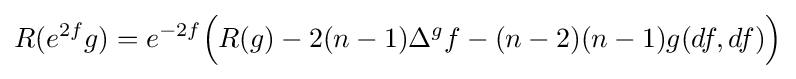
R(e^{2f}g)=e^{-2f}{\Big (}R(g)-2(n-1)\Delta ^{g}f-(n-2)(n-1)g(df,df){\Big )}